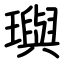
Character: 璵